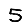
Digit: 5